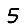
Digit: 5